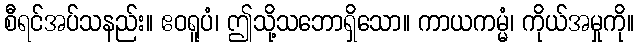
စီရင်အပ်သနည်း။ ဧဝရူပံ၊ ဤသို့သဘောရှိသော။ ကာယကမ္မံ၊ ကိုယ်အမှုကို။